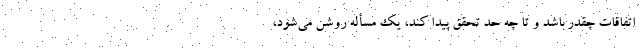
اتفاقات چقدر باشد و تا چه حد تحقق پیدا کند، یک مسأله روشن می‌شود،